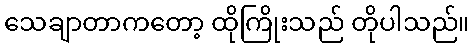
သေချာတာကတော့ ထိုကြိုးသည် တိုပါသည်။